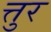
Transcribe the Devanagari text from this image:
त्तुर